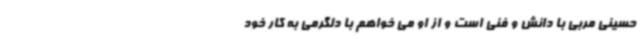
حسینی مربی با دانش و فنی است و از او می خواهم با دلگرمی به کار خود